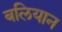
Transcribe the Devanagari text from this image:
बलियान